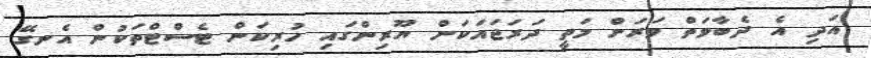
އަދި އެ ދެބާވަތް ވަރަށް މަތީ ދަރަޖައަކަށް ޔޫރިންގައި ހުރިކަން ޓެސްޓްތަކުން އެނގޭ